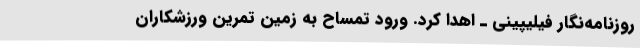
روزنامه‌نگار فیلیپینی ـ اهدا کرد. ورود تمساح به زمين تمرين ورزشکاران